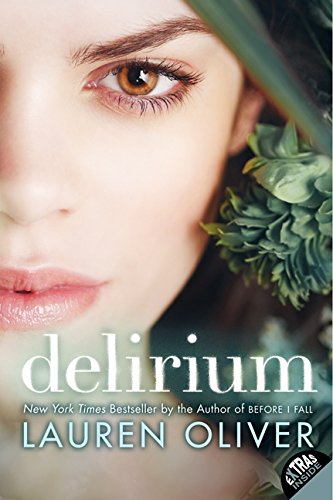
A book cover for Delirium (Delirium Trilogy); Lauren Oliver; Teen & Young Adult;